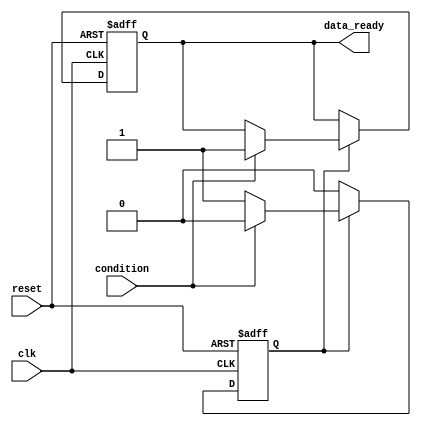
module WaitExample(
    input wire clk,
    input wire reset,
    input wire condition, // The boolean condition to wait for
    output reg data_ready // Output that indicates data is ready
);
    
    reg waiting; // State to track if we are waiting

    initial begin
        data_ready = 0;
        waiting = 1; // Start in waiting state
    end

    always @(posedge clk or posedge reset) begin
        if (reset) begin
            data_ready <= 0;
            waiting <= 1; // Reset the waiting state
        end 
        else if (waiting) begin
            // Wait for the condition to become true
            if (condition) begin
                data_ready <= 1; // Set data ready when condition is met
                waiting <= 0; // Exit waiting state
            end
        end
    end
endmodule